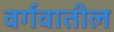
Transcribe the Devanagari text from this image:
वर्गवातील